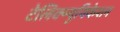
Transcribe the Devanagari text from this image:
टेलिक्म्युनिकेशन